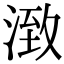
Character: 㴛